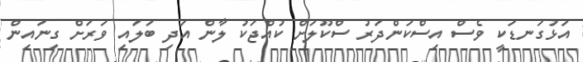
އަޅުގަނޑަކީ ވެސް އިސްކަންދަރު ސްކޫލަށް ކުއްޖަކު ލާން އަދި ބަލައި ވަރަށް ގިނައިން